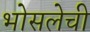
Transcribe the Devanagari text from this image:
भोसलेची